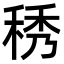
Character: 䅎